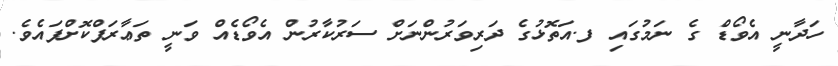
ހަދާނީ އެވޯޑް ގެ ނަމުގައި ފ.އަތޮޅުގެ ދަރިވަރުންނަށް ސަރުކާރުން އެވޯޑެއް ވަނީ ތަޢާރަފްކޮށްފައެވެ.